Lunatic asylums Central Provinces reports 1910-1926 - 1910-1926
Year: 1910
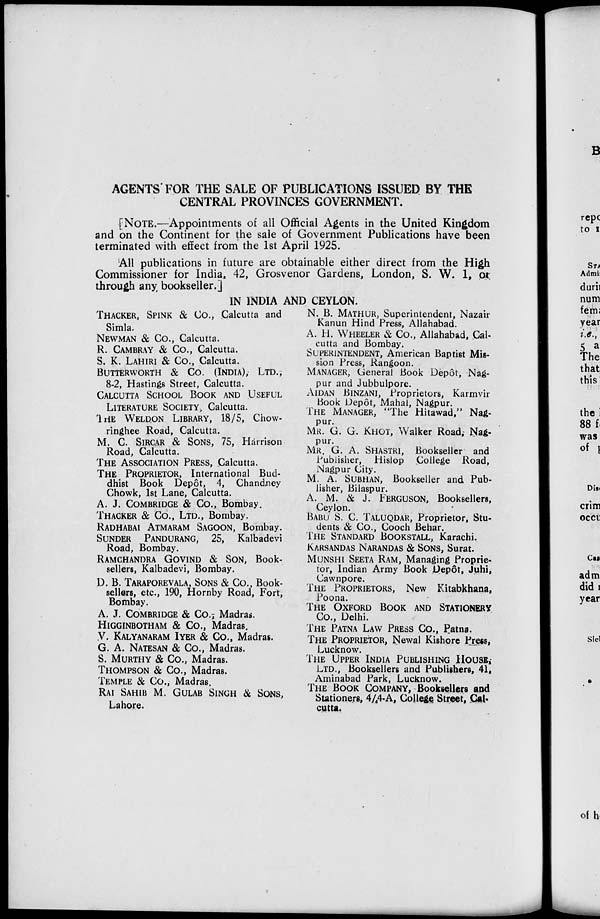
AGENTS FOR THE SALE OF PUBLICATIONS ISSUED BY THE
CENTRAL PROVINCES GOVERNMENT.
[NOTE.—Appointments of all Official Agents in the United Kingdom
and on the Continent for the sale of Government Publications have been
terminated with effect from the 1st April 1925.
All publications in future are obtainable either direct from the High
Commissioner for India, 42, Grosvenor Gardens, London, S. W. 1, of
through any bookseller.]
IN INDIA AND CEYLON.
THACKER, SPINK & Co., Calcutta and
Simla.
NEWMAN & Co., Calcutta.
R. CAMBRAY & Co., Calcutta.
S. K. LAHIRI & Co., Calcutta.
BUTTERWORTH & CO. (INDIA); LTD.,
8-2, Hastings Street, Calcutta.
CALCUTTA SCHOOL BOOK AND USEFUL
LITERATURE SOCIETY, Calcutta.
THE WELDON LIBRARY, 18/5, Chow-
ringhee Road, Calcutta.
M. C. SIRCAR & SONS, 75, Harrison
Road, Calcutta.
THE ASSOCIATION PRESS, Calcutta.
THE PROPRIETOR, International Bud-
dhist Book Depôt, 4, Chandney
Chowk, 1st Lane, Calcutta.
A. J. COMBRIDGE & Co., Bombay.
THACKER & Co., LTD., Bombay.
RADHABAI ATMARAM SAGOON, Bombay.
SUNDER PANDURANG, 25, Kalbadevi
Road, Bombay.
RAMCHANDRA GOVIND & SON, Book-
sellers, Kalbadevi, Bombay.
D. B. TARAPOREVALA, SONS & Co., Book-
sellers, etc., 190, Hornby Road, Fort,
Bombay.
A. J. COMBRIDGE & Co., Madras.
HIGGINBOTHAM & Co., Madras.
V. KALYANARAM IYER & Co., Madras.
G. A. NATESAN & Co., Madras.
S. MURTHY & Co., Madras.
THOMPSON & Co., Madras.
TEMPLE & Co., Madras.
RAI SAHIB M. GULAB SINGH & SONS,
Lahore.
N. B. MATHUR, Superintendent, Nazair
Kanun Hind Press, Allahabad.
A. H. WHEELER & Co., Allahabad, Cal-
cutta and Bombay.
SUPERINTENDENT, American Baptist Mis-
sion Press, Rangoon.
MANAGER, General Book Depôt, Nag-
pur and Jubbulpore.
AIDAN BINZANI, Proprietors, Karmvir
Book Depôt, Mahal, Nagpur.
THE MANAGER, "The Hitawad," Nag-
pur.
MR. G. G. KHOT, Walker Road, Nag-
pur.
MR. G. A. SHASTRI, Bookseller and
Publisher, Hislop College Road,
Nagpur City.
M. A. SUBHAN, Bookseller and Pub-
lisher, Bilaspur.
A. M. & J. FERGUSON, Booksellers,
Ceylon.
BABU S. C. TALUQDAR, Proprietor, Stu-
dents & Co., Cooch Behar.
THE STANDARD BOOKSTALL, Karachi.
KARSANDAS NARANDAS & SONS, Surat.
MUNSHI SEETA RAM, Managing Proprie-
tor, Indian Army Book Depôt, Juhi,
Cawnpore.
THE PROPRIETORS, New Kitabkhana,
Poona.
THE OXFORD BOOK AND STATIONERY
Co., Delhi.
THE PATNA LAW PRESS Co., Patna.
THE PROPRIETOR, Newal Kishore Press,
Lucknow.
THE UPPER INDIA PUBLISHING HOUSE,
LTD., Booksellers and Publishers, 41,
Aminabad Park, Lucknow.
THE BOOK COMPANY, Booksellers and
Stationers, 4/4-A, College Street, Cal-
cutta.